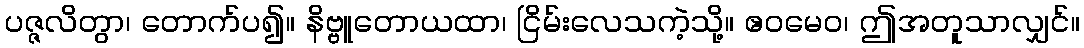
ပဇ္ဇလိတွာ၊ တောက်ပ၍။ နိဗ္ဗူတောယထာ၊ ငြိမ်းလေသကဲ့သို့။ ဧဝမေဝ၊ ဤအတူသာလျှင်။